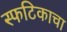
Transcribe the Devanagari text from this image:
स्फटिकाचा